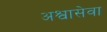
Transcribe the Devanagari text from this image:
अश्वासेवा